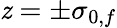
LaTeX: \mathit{z}=\pm\sigma_{0,f}